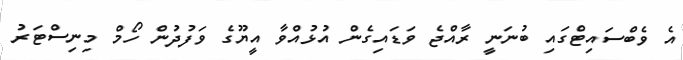
އެ ވެބްސައިޓްގައި ބުނަނީ ރާއްޖެ ވަޑައިގެން އުޅުއްވާ އީޔޫގެ ވަފުދުން ހޯމް މިނިސްޓަރު